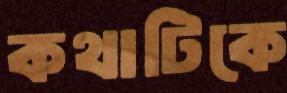
কথাটিকে